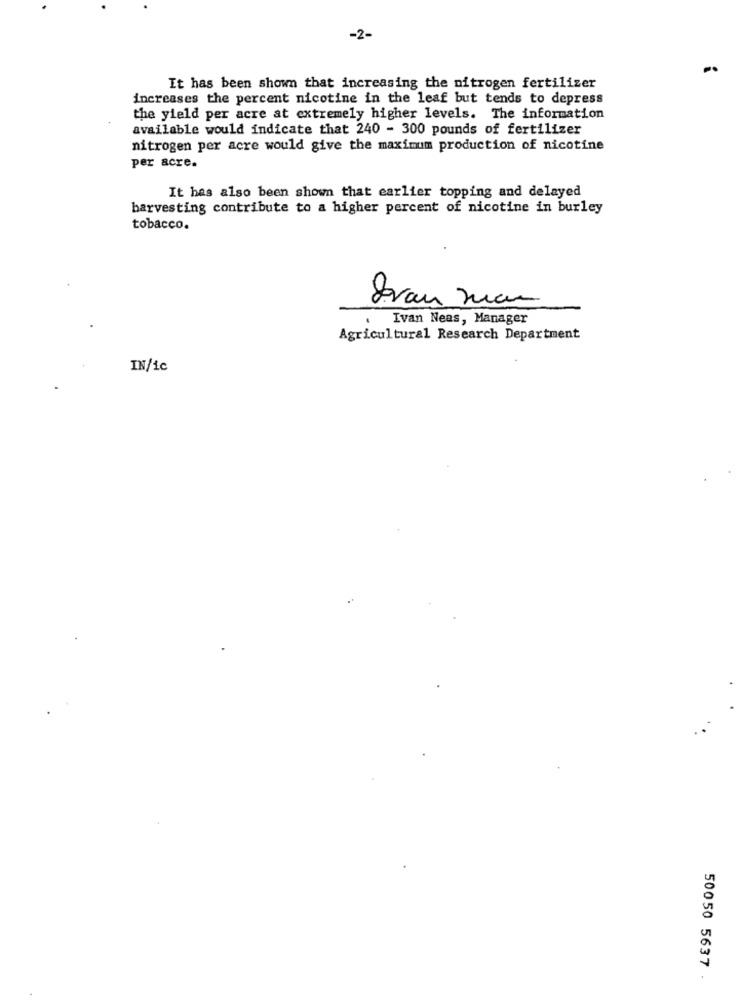
-2-
It has been shown that increasing the nitrogen fertilizer
increases the percent nicotine in the leaf but tends to depress
the yield per acre at extremely higher levels. The information
available would indicate that 240 - 300 pounds of fertilizer
nitrogen per acre would give the maximum production of nicotine
per acre.
It has also been shown that earlier topping and delayed
barvesting contribute to a higher percent of nicotine in burley
tobacco.
Jevan man
Ivan Neas, Manager
Agricultural Research Department
IN/ic
50050 5637